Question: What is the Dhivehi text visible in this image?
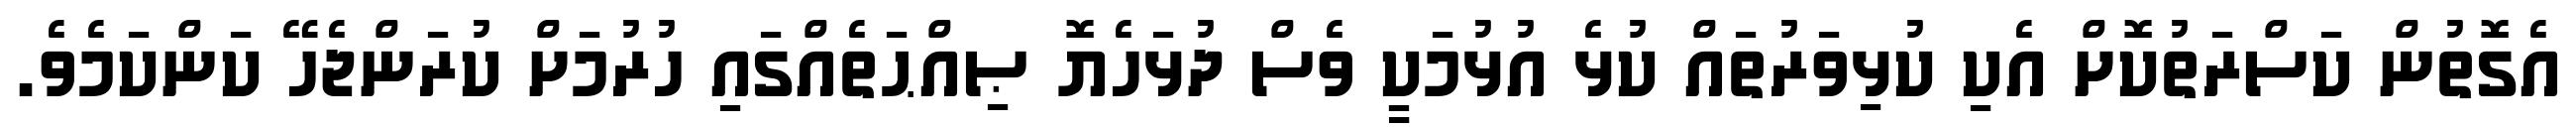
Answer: އެގޮތުން ކަސްރަތުކޮށް އެކި ކުޅިވަރުތައް ކުޅެ އުޅުމަކީ ވެސް ދުޅަހެޔޮ ޞިއްޙަތެއްގައި ހުރުމަށް ކުރަންޖެހޭ ކަންކަމެވެ.